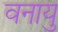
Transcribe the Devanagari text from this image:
वनायु